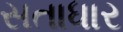
સતાધાર